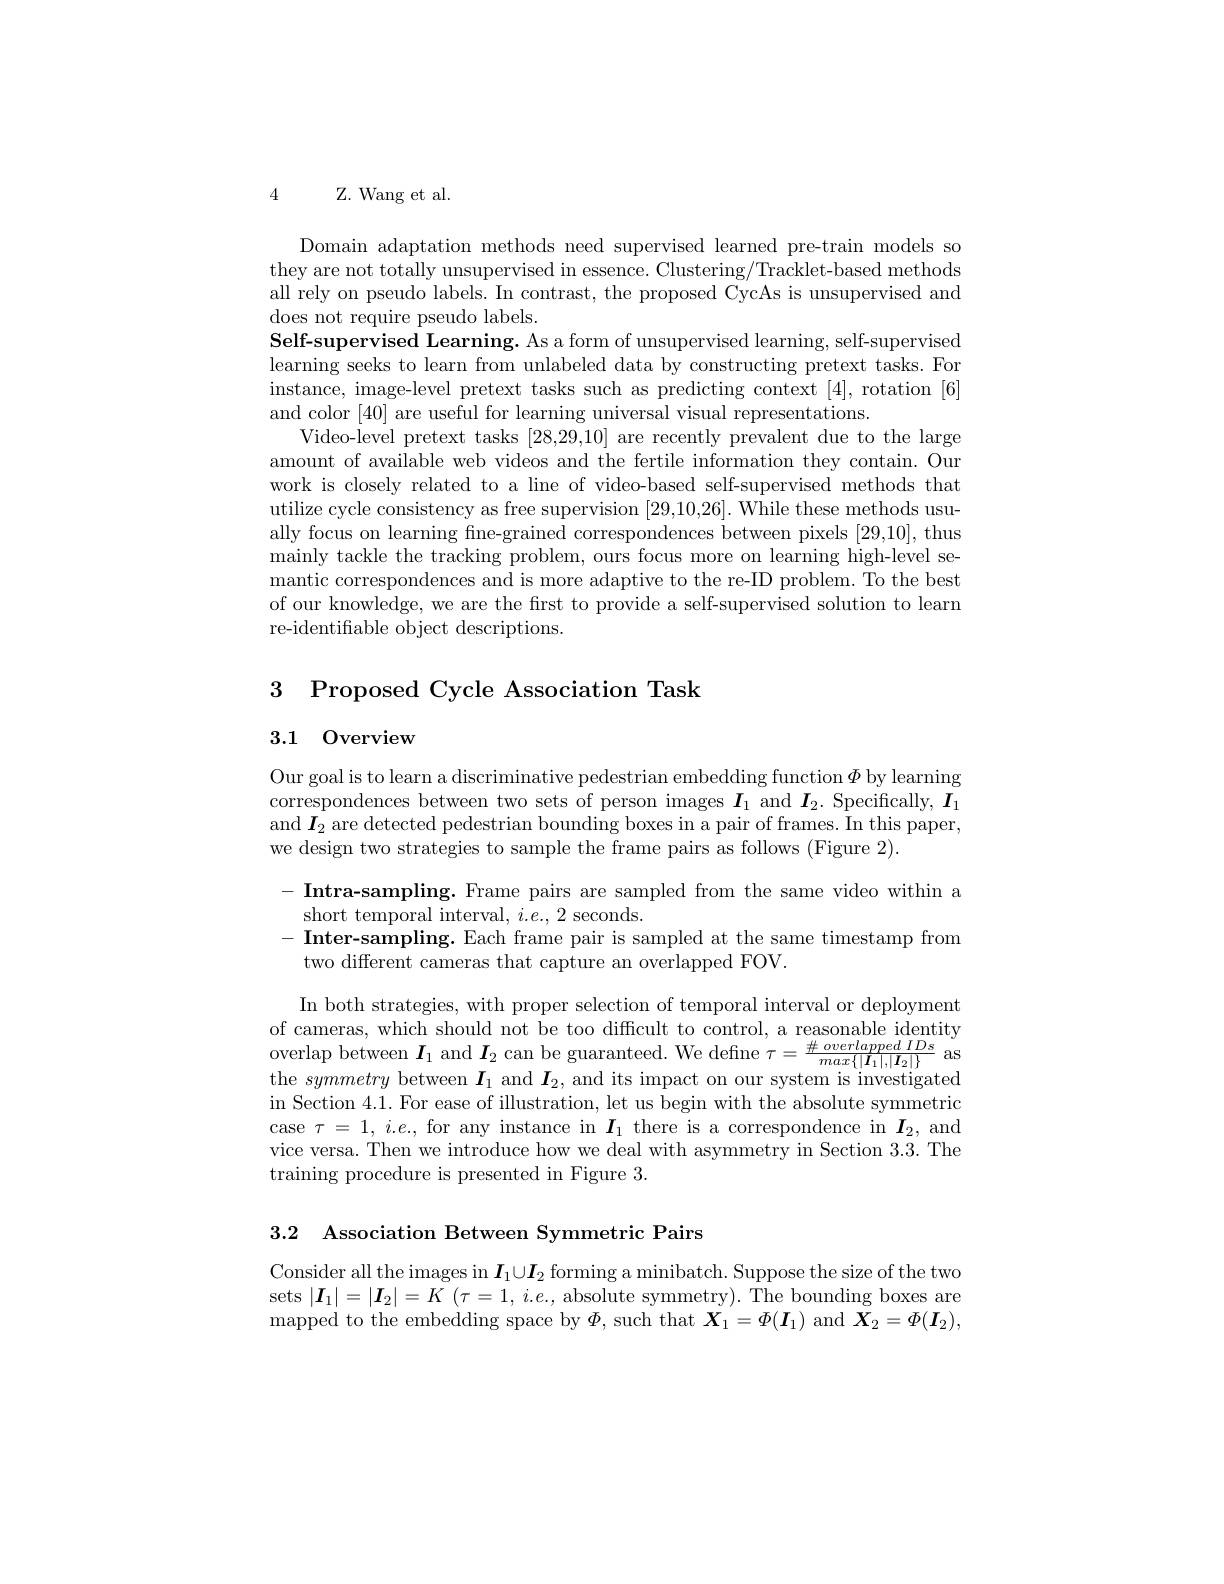
4 Z. Wang et al.

Domain adaptation methods need supervised learned pre-train models so they are not totally unsupervised in essence. Clustering/Tracklet-based methods all rely on pseudo labels. In contrast, the proposed CycAs is unsupervised and does not require pseudo labels.
Self-supervised Learning. As a form of unsupervised learning, self-supervised learning seeks to learn from unlabeled data by constructing pretext tasks. For instance, image-level pretext tasks such as predicting context [4], rotation [6] and color [40] are useful for learning universal visual representations.
Video-level pretext tasks [28,29,10] are recently prevalent due to the large amount of available web videos and the fertile information they contain. Our work is closely related to a line of video-based self-supervised methods that utilize cycle consistency as free supervision [29,10,26]. While these methods usually focus on learning fine-grained correspondences between pixels [29,10], thus mainly tackle the tracking problem, ours focus more on learning high-level semantic correspondences and is more adaptive to the re-ID problem. To the best of our knowledge, we are the first to provide a self-supervised solution to learn re-identifiable object descriptions.

3 Proposed Cycle Association Task
3.1 Overview

Our goal is to learn a discriminative pedestrian embedding function $\Phi$ by learning correspondences between two sets of person images $I_1$ and $I_2.$ Specifically, $I_1$ and $I_2$ are detected pedestrian bounding boxes in a pair of frames. In this paper, we design two strategies to sample the frame pairs as follows (Figure 2).

$- \textbf{ Intra- sampling. Frame pairs are sampled from the same video within a}$
short temporal interval, $i.e.,2$ seconds.
- Inter-sampling. Each frame pair is sampled at the same timestamp from
two different cameras that capture an overlapped FOV.

In both strategies, with proper selection of temporal interval or deployment of cameras, which should not be too difficult to control, a reasonable identity overlap between $\boldsymbol{I}_{1}$ and $\boldsymbol{I}_2$ can be guaranteed. We define $\tau=\frac\#overlappedIDs{max\{|\boldsymbol{I}_1|,|\boldsymbol{I}_2|\}}$ as the symmetry between $\boldsymbol I_1$ and $\boldsymbol I_2$, and its impact on our system is investigated in Section 4.1. For ease of illustration, let us begin with the absolute symmetric case $\tau=1,i.e.$, for any instance in $I_1$ there is a correspondence in $I_2$, and vice versa. Then we introduce how we deal with asymmetry in Section 3.3. The training procedure is presented in Figure 3.

3.2 Association Between Symmetric Pairs

Consider all the images in $\boldsymbol{I}_1\cup\boldsymbol{I}_2$ forming a minibatch. Suppose the size of the two sets $|\boldsymbol{I}_1|=|\boldsymbol{I}_2|=K$ $(\tau=1,i.e.$, absolute symmetry). The bounding boxes are mapped to the embedding space by $\Phi$, such that $\boldsymbol{X}_1=\Phi(\boldsymbol{I}_1)$ and $\boldsymbol{X}_2=\Phi(\boldsymbol{I}_2)$,